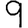
Digit: 9